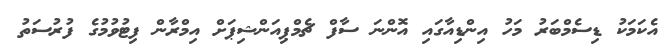
އެކަމަކު ޑިސެމްބަރު މަހު އިންޑިއާގައި އޮންނަ ސާފް ޗެމްޕިއަންޝިޕަށް އިމްރާން ފިޓުވުމުގެ ފުރުސަތު